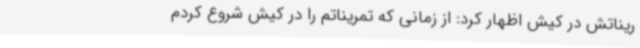
ریناتش در کیش اظهار کرد: از زمانی که تمریناتم را در کیش شروع کردم